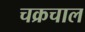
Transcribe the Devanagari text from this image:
चक्रचाल